Civil Veterinary Department Bihar reports 1940-50 - 1940-1950
Year: 1940
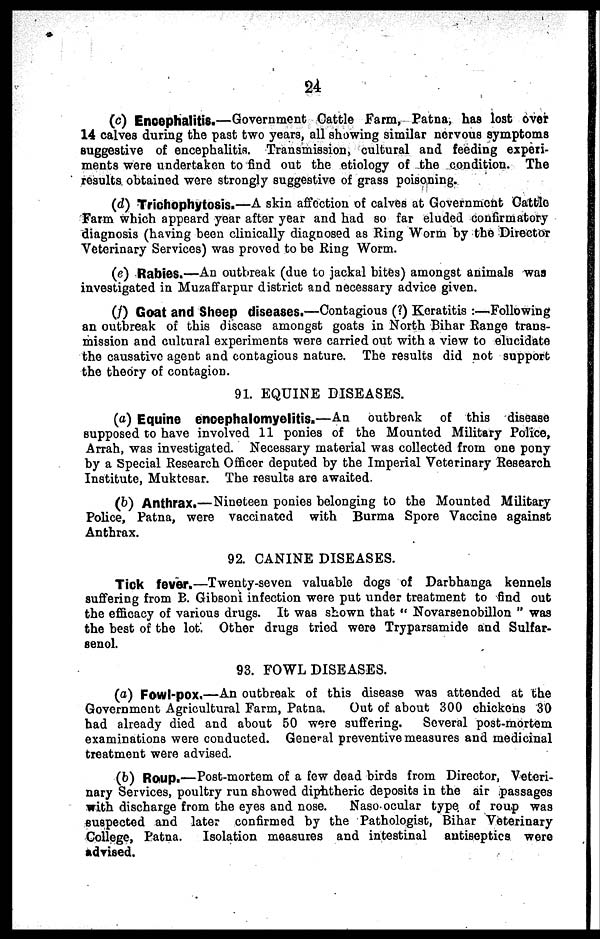
24
(c) Encephalitis.—Government Cattle Farm, Patna, has lost over
14 calves during the past two years, all showing similar nervous symptoms
suggestive of encephalitis. Transmission, cultural and feeding experi-
ments were undertaken to find out the etiology of the condition. The
results obtained were strongly suggestive of grass poisoning.
(d) Trichophytosis.—A skin affection of calves at Government Cattle
Farm which appeard year after year and had so far eluded confirmatory
diagnosis (having been clinically diagnosed as Ring Worm by the Director
Veterinary Services) was proved to be Ring Worm.
(e) Rabies.—An outbreak (due to jackal bites) amongst animals was
investigated in Muzaffarpur district and necessary advice given.
(f) Goat and Sheep diseases.—Contagious (?) Keratitis :—Following
an outbreak of this disease amongst goats in North Bihar Range trans-
mission and cultural experiments were carried out with a view to elucidate
the causative agent and contagious nature. The results did not support
the theory of contagion.
91. EQUINE DISEASES.
(a) Equine encephalomyelitis.—An outbreak of this disease
supposed to have involved 11 ponies of the Mounted Military Police,
Arrah, was investigated. Necessary material was collected from one pony
by a Special Research Officer deputed by the Imperial Veterinary Research
Institute, Muktesar. The results are awaited.
(b) Anthrax.—Nineteen ponies belonging to the Mounted Military
Police, Patna, were vaccinated with Burma Spore Vaccine against
Anthrax.
92. CANINE DISEASES.
Tick fever.—Twenty-seven valuable dogs of Darbhanga kennels
suffering from B. Gibsoni infection wore put under treatment to find out
the efficacy of various drugs. It was shown that " Novarsenobillon " was
the best of the lot. Other drugs tried were Tryparsamide and Sulfar-
senol.
93. FOWL DISEASES.
(a) Fowl-pox.—An outbreak of this disease was attended at the
Government Agricultural Farm, Patna.
Out of about 300 chickens 30
had already died and about 50 were suffering.
Several post-mortem
examinations were conducted. General preventive measures and medicinal
treatment were advised.
(b) Roup.—Post-mortem of a few dead birds from Director, Veteri-
nary Services, poultry run showed diphtheric deposits in the air passages
with discharge from the eyes and nose.
Naso ocular type of roup was
suspected and later confirmed by the Pathologist, Bihar Veterinary
College, Patna. Isolation measures and intestinal antiseptics were
advised.